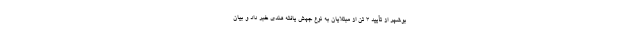
بوشهر از تأیید 3 تن از مبتلایان به نوع جهش یافته هندی خبر داد و بیان